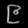
Digit: ၉